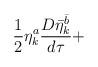
LaTeX: \begin{align*}\frac 12 \eta^a_k\frac{D{\bar\eta}^{\bar b}_k}{d\tau}+\end{align*}